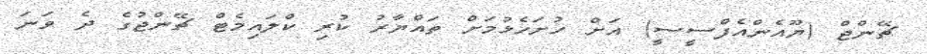
ޗޭންޖް (ޔޫއެންއެފްސީސީ) އަށް ހުށަހެޅުމަށް ތައްޔާރު ކުރި ކްލައިމެޓް ޗޭންޖުގެ ދެ ވަނަ